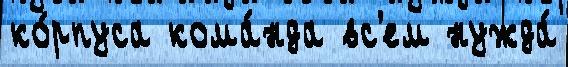
ко́рпуса кома́нда вс'ем нужда́